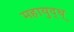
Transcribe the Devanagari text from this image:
महायुद्ध्